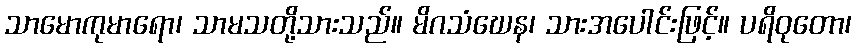
သာမောကုမာရော၊ သာမသတို့သားသည်။ မိဂသံဃေန၊ သားအပေါင်းဖြင့်။ ပရိဝုတော၊